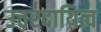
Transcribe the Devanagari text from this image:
उत्तरदायित्व